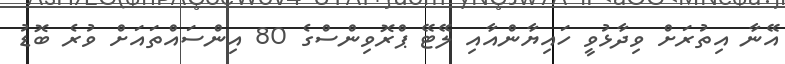
އޭނާ އިތުރަށް ވިދާޅުވީ ހައިޔާންއާއި ލޭޓޭ ޕްރޮވިންސްގެ 80 އިންސައްތައަށް ވުރެ ބޮޑު